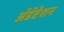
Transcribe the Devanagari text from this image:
अॅडॅप्टेशन